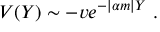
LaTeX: V ( Y ) \sim - v e ^ { - | \alpha m | Y } \ .